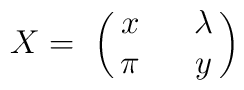
X = \ \left(\matrix { x \ \ &\lambda\cr\pi \ \ &y\cr}\right)